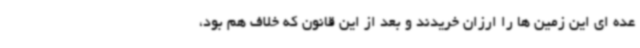
عده ای این زمین ها را ارزان خریدند و بعد از این قانون که خلاف هم بود،